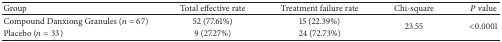
| Group | Total effective rate | Treatment failure rate | Chi-square | P value |
 | --- | --- | --- | --- | --- |
 | Compound Danxiong Granules (n = 67) | 52 (77.61%) | 15 (22.39%) | <ROWSPAN=2> 23.55 | <ROWSPAN=2> <0.0001 |
 | Placebo (n = 33) | 9 (27.27%) | 24 (72.73%) |